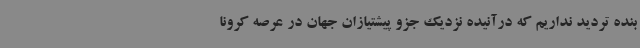
بنده تردید نداریم که درآنیده نزدیک جزو پیشتیازان جهان در عرصه کرونا